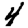
Digit: 4